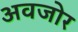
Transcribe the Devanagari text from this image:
अवजोर